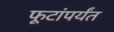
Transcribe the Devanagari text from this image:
फूटांपर्यंत